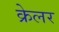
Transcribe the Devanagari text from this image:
क्रेलर